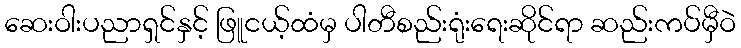
ဆေးဝါးပညာရှင်နှင့် ဖြူငယ့်ထံမှ ပါတီစည်းရုံးရေးဆိုင်ရာ ဆည်းကပ်မှီဝဲ